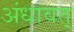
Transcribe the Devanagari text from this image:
अंधावत्